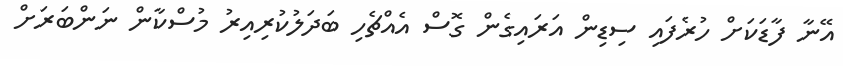
އޭނާ ފާޑަކަށް ހުރެފައި ސިޑިން އަރައިގެން ގޮސް އެއްޗެހި ބަދަލުކުރިއިރު މުސްކާން ނަންބަރަށް